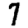
Digit: 7